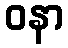
ဝနာ